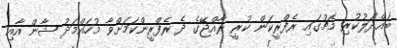
ބައްދަލުކުރި މެޗުގައި ރެފްރީކަން ކުރީ ރާއްޖޭގެ ދެ ރެފްރީންކަމަށްވާ މުހައްމަދު ޝާން އާއި